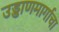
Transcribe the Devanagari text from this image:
उड्डाणमार्गाचा